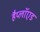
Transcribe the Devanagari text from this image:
हैप्लॉएड